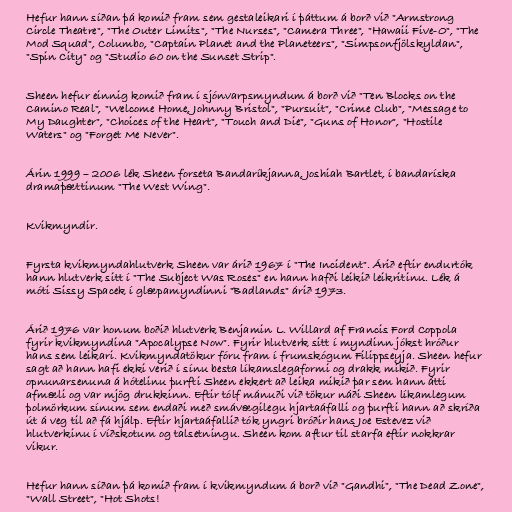
Hefur hann síðan þá komið fram sem gestaleikari í þáttum á borð við "Armstrong
Circle Theatre", "The Outer Limits", "The Nurses", "Camera Three", "Hawaii Five-O", "The
Mod Squad", Columbo, "Captain Planet and the Planeteers", "Simpsonfjölskyldan",
"Spin City" og "Studio 60 on the Sunset Strip".

Sheen hefur einnig komið fram í sjónvarpsmyndum á borð við "Ten Blocks on the
Camino Real", "Welcome Home, Johnny Bristol", "Pursuit", "Crime Club", "Message to
My Daughter", "Choices of the Heart", "Touch and Die", "Guns of Honor", "Hostile
Waters" og "Forget Me Never".

Árin 1999 – 2006 lék Sheen forseta Bandaríkjanna, Joshiah Bartlet, í bandaríska
dramaþættinum "The West Wing".

Kvikmyndir.

Fyrsta kvikmyndahlutverk Sheen var árið 1967 í "The Incident". Árið eftir endurtók
hann hlutverk sitt í "The Subject Was Roses" en hann hafði leikið leikritinu. Lék á
móti Sissy Spacek í glæpamyndinni "Badlands" árið 1973.

Árið 1976 var honum boðið hlutverk Benjamin L. Willard af Francis Ford Coppola
fyrir kvikmyndina "Apocalypse Now". Fyrir hlutverk sitt í myndinn jókst hróður
hans sem leikari. Kvikmyndatökur fóru fram í frumskógum Filippseyja. Sheen hefur
sagt að hann hafi ekki verið í sínu besta líkamslegaformi og drakk mikið. Fyrir
opnunarsenuna á hótelinu þurfti Sheen ekkert að leika mikið þar sem hann átti
afmæli og var mjög drukkinn. Eftir tólf mánuði við tökur náði Sheen líkamlegum
þolmörkum sínum sem endaði með smávægilegu hjartaáfalli og þurfti hann að skríða
út á veg til að fá hjálp. Eftir hjartaáfallið tók yngri bróðir hans Joe Estevez við
hlutverkinu í víðskotum og talsetningu. Sheen kom aftur til starfa eftir nokkrar
vikur.

Hefur hann síðan þá komið fram í kvikmyndum á borð við "Gandhi", "The Dead Zone",
"Wall Street", "Hot Shots!